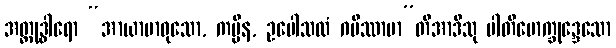
အတ္ထုဒ္ဓါရော “အာယာမာဝုသော, ကပ္ပိန, ဥပေါသထံ ဂမိဿာမာ”တိအာဒီသု ပါတိမောက္ခုဒ္ဒေသော